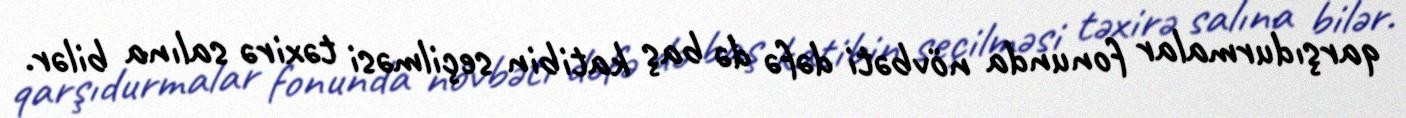
qarşıdurmalar fonunda növbəti dəfə də baş katibin seçilməsi təxirə salına bilər.